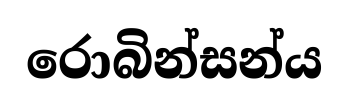
රොබින්සන්ය